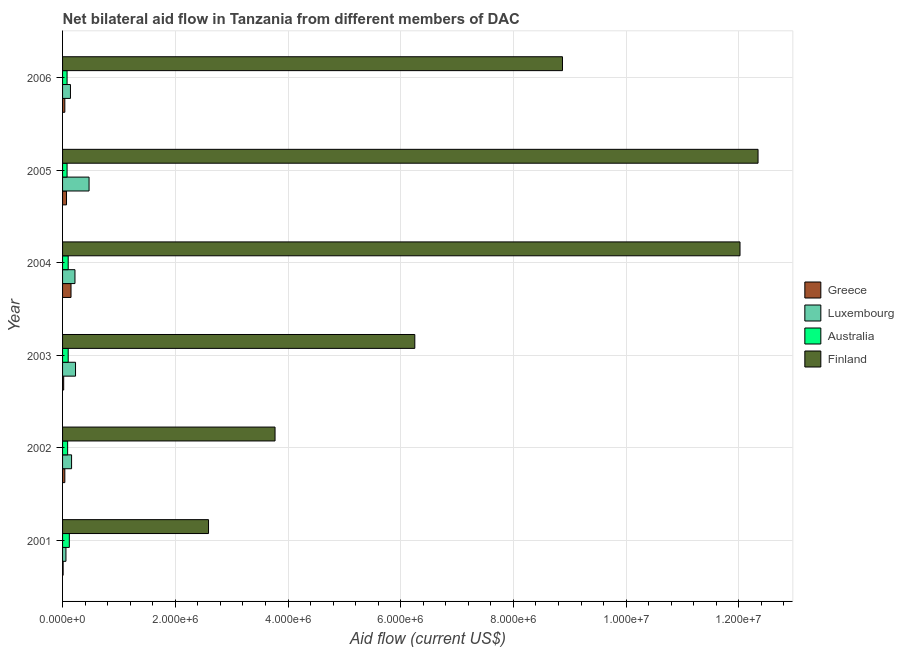
| Year | Greece | Luxembourg | Australia | Finland |
 | --- | --- | --- | --- | --- |
 | 2001 | 1e+04 | 6e+04 | 1.2e+05 | 2.59e+06 |
 | 2002 | 4e+04 | 1.6e+05 | 9e+04 | 3.77e+06 |
 | 2003 | 2e+04 | 2.3e+05 | 1e+05 | 6.25e+06 |
 | 2004 | 1.5e+05 | 2.2e+05 | 1e+05 | 1.2e+07 |
 | 2005 | 7e+04 | 4.7e+05 | 8e+04 | 1.23e+07 |
 | 2006 | 4e+04 | 1.4e+05 | 8e+04 | 8.87e+06 |